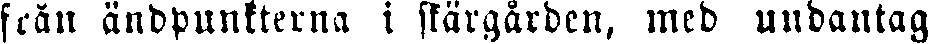
från ändpunkterna i skärgården, med undantag